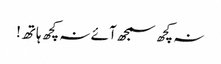
نہ کچھ سمجھ آئے نہ کچھ ہاتھ!